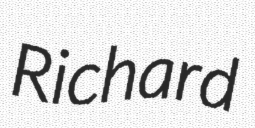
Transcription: Richard